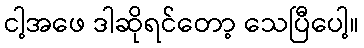
ငါ့အဖေ ဒါဆိုရင်တော့ သေပြီပေါ့။